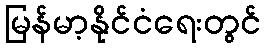
မြန်မာ့နိုင်ငံရေးတွင်